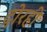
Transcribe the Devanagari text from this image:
दोरही